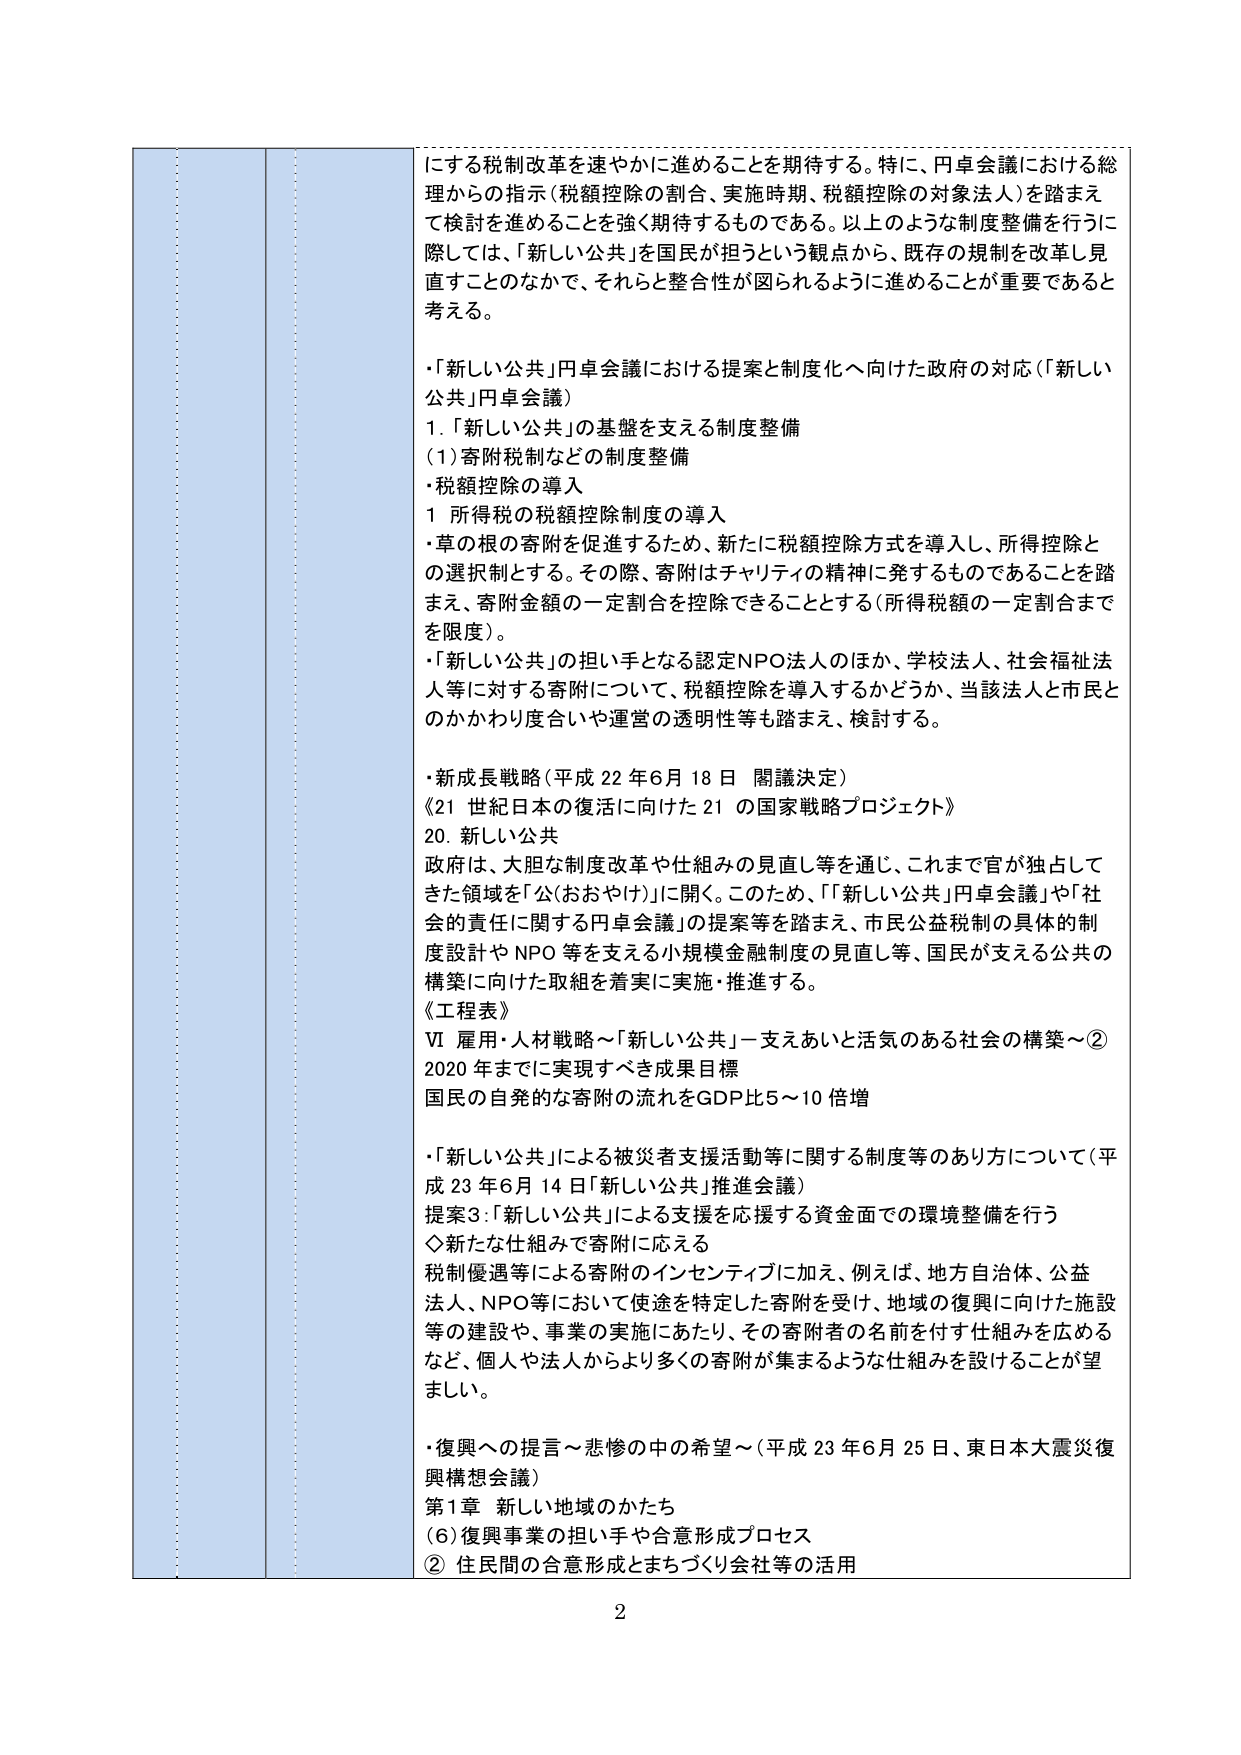
にする税制改革を速やかに進めることを期待する。特に、円卓会議における総理からの指示（税額控除の割合、実施時期、税額控除の対象法人）を踏まえて検討を進めることが強く期待するものである。以上のような制度整備を行うに際しては、「新しい公共」を国民が担うという観点から、既存の規制を改革し見直すこのなかで、それと整合性が図られるように進めることが重要であると考える。

・「新しい公共」円卓会議における提案と制度化へ向けた政府の対応（「新しい公共」円卓会議）
1. 「新しい公共」の基盤を支える制度整備
（1）寄附税制などの制度整備
・税額控除の導入
1 所得税の税額控除制度の導入
・草の根の寄附を促進するため、新たに税額控除方式を導入し、所得控除との選択制とする。その際、寄附はチャリティの精神に発するものであることを踏まえ、寄附金額の一定割合を控除できることとする（所得税額の一定割合までを限度）。
・「新しい公共」の担い手となる認定NPO法人のほか、学校法人、社会福祉法人等に対する寄附について、税額控除を導入するかどうか、当該法人と市民とのかかわり度合いや運営の透明性等も踏まえ、検討する。

・新成長戦略（平成22年6月18日 閣議決定）
《21世紀日本の復活に向けた21の国家戦略プロジェクト》
20. 新しい公共
政府は、大胆な制度改革や仕組みの見直し等を通じ、これまで官が独占してきた領域を「公（おおやけ）」に開く。このため、「新しい公共」円卓会議」や「社会的責任に関する円卓会議」の提案等を踏まえ、市民公益税制の具体的制度設計やNPO等を支える小規模金融制度の見直し等、国民が支える公共の構築に向けた取組を着実に実施・推進する。
《工程表》
Ⅵ 雇用・人材戦略～「新しい公共」－支えあいと活気のある社会の構築～②
2020年までに実現すべき成果目標
国民の自発的な寄附の流れをGDP比5～10倍増

・「新しい公共」による被災者支援活動等に関する制度等のあり方について（平成23年6月14日「新しい公共」推進会議）
提案3：「新しい公共」による支援を応援する資金面での環境整備を行う
◇新たな仕組みで寄附に応える
税制優遇等による寄附のインセンティブに加え、例えば、地方自治体、公益法人、NPO等において使途を特定した寄附を受け、地域の復興に向けた施設等の建設や、事業の実施にあたり、その寄附者の名前を付す仕組みを広めるなど、個人や法人からより多くの寄附が集まるような仕組みを設けることが望ましい。

・復興への提言～悲惨の中の希望～（平成23年6月25日、東日本大震災復興構想会議）
第1章 新しい地域のかたち
（6）復興事業の担い手や合意形成プロセス
② 住民間の合意形成とまちづくり会社等の活用

2